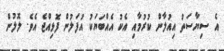
އެ ސިޔާސަތު އިއުލާން ކުރުމާއި އެކު އެއްބަޔަކު އުފަލުން ފޮޅިއްޖެ އެވެ. ލޮލުން